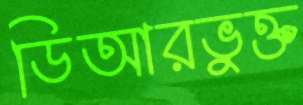
ডিআরভুক্ত